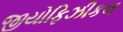
જીયોફિઝીકલ